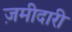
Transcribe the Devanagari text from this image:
ज़मीदारी